Civil Veterinary Dept. North-West Frontier Province 1923-32 - 1923-1932
Year: 1923
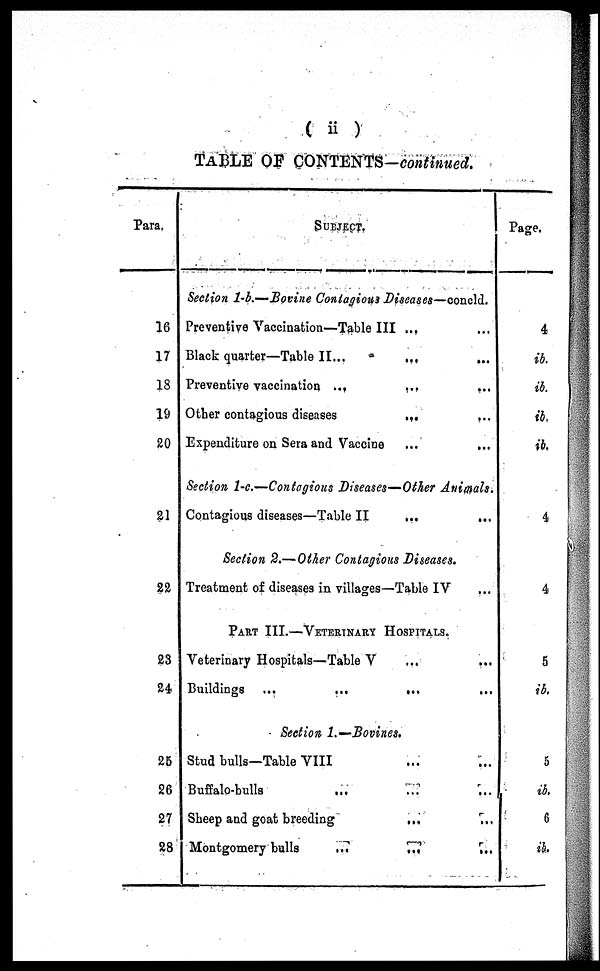
( ii )
TABLE OF CONTENTS—CONTINUED)
Para.
16
17
13
19
20
21
22
23
24
25
26
27
28
SUBJECT.
Section 1-b.—Bovine Contagious Diseases—concld.
Preventive Vaccination—Table III ...
Black quarter—Table II...
...
...
Preventive vaccination ... ... ...
Other contagious diseases
...
Expenditure on Sera and Vaccine
...
...
Section 1-c.—Contagious Diseases—Other Animals.
Contagious diseases—Table II
...
...
Section 2.— Other Contagious Diseases.
Treatment of diseases in villages—Table IV
PART III.—VETERINARY HOSPITALS.
Veterinary Hospitals—Table V ... ...
Buildings ...
...
...
Section 1.—Bovines.
Stud bulls—Table VIII ... ... ...
Buffalo-bulls
...
...
...
Sheep and goat breeding
... ...
Montgomery bulls
...
...
...
Page.
4
ib.
ib.
ib,
ib.
4
4
5
ib.
5
ib,
6
ib.